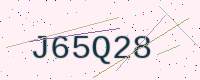
Text: J65Q28